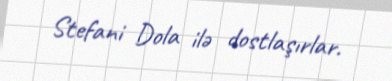
Stefani Dola ilə dostlaşırlar.